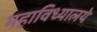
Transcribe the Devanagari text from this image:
महाविध्यालये